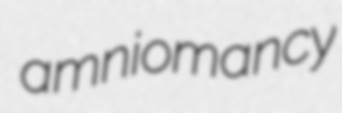
amniomancy